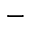
^ { - }